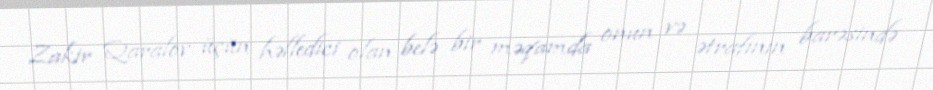
Zakir Qaralov üçün həlledici olan belə bir məqamda onun və ətrafının barəsində